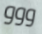
ووو